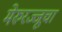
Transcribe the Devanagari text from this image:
मेरुरज्जूचा